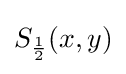
S_{\frac {1}{2}}(x,y)